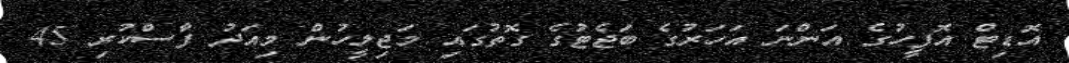
އޮޑިޓް އޮފީހުގެ އަންނަ އަހަރުގެ ބަޖެޓުގެ ގޮތުގައި މަޖިލީހުން މިއަދު ފާސްކުރި 45